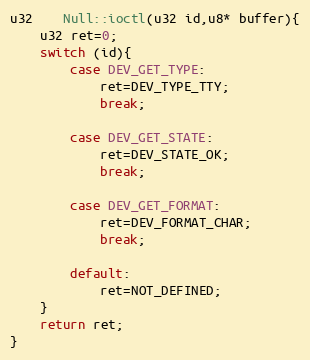
Language: C++
u32	Null::ioctl(u32 id,u8* buffer){
	u32 ret=0;
	switch (id){
		case DEV_GET_TYPE:
			ret=DEV_TYPE_TTY;
			break;

		case DEV_GET_STATE:
			ret=DEV_STATE_OK;
			break;

		case DEV_GET_FORMAT:
			ret=DEV_FORMAT_CHAR;
			break;

		default:
			ret=NOT_DEFINED;
	}
	return ret;
}